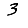
Digit: 3